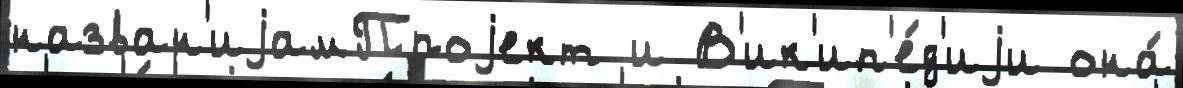
назван'иjамПроjект и В'ик'ип'е́д'иjи она́